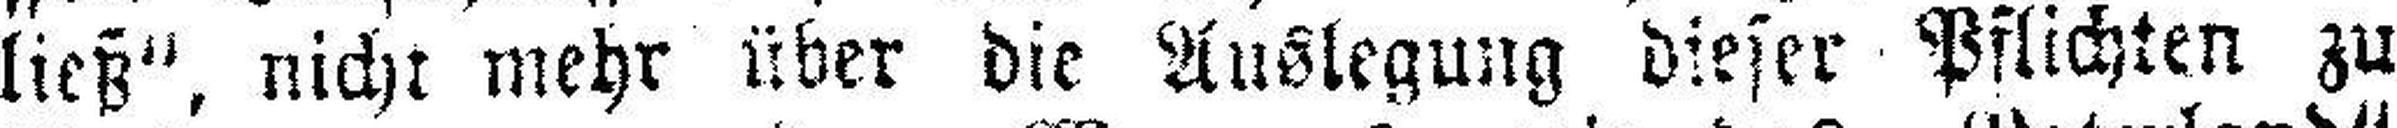
ließ“, nicht mehr über die Auslegung dieser Pflichten zu